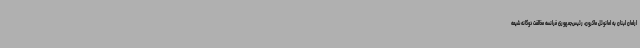
ارلمان لبنان به امانوئل ماکرون، رئیس‌جمهوری فرانسه مخالفت دوگانه شیعه